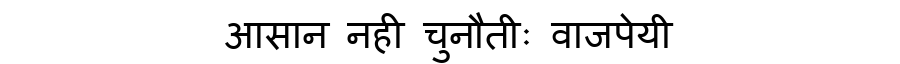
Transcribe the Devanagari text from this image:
आसान नही चुनौतीः वाजपेयी